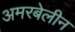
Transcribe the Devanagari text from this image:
अमरबेलीन